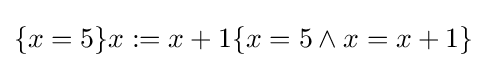
\{x=5\}x:=x+1\{x=5\wedge x=x+1\}